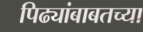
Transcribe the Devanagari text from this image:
पिढ्यांबाबतच्या